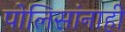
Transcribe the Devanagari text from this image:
पोलिसांनाही